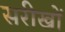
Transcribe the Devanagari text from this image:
सरीखों